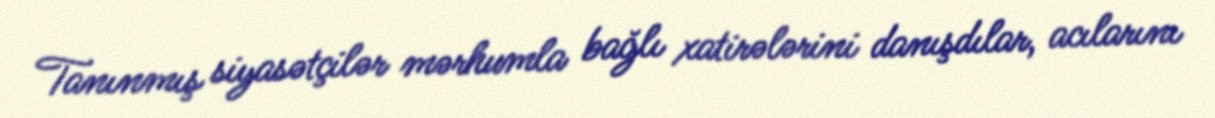
Tanınmış siyasətçilər mərhumla bağlı xatirələrini danışdılar, acılarını